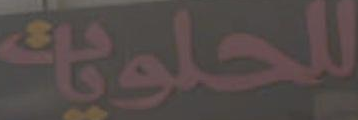
للحلويات